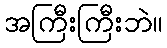
အကြီးကြီးဘဲ။